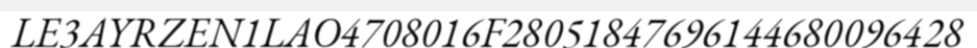
LE3AYRZEN1LAO4708016F28051847696144680096428